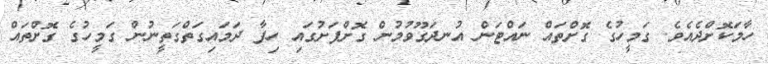
ހާމަކޮށްދެއެވެ. ގަމީހުގެ ގޮށްތައް ނައްޓަން އުނދަގޫވުމުން ގޮށްފަށުގައި ހިފާ ދަމައިގަތްގަތީނުން ގަމީހުގެ ގޮށްތައް